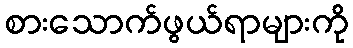
စားသောက်ဖွယ်ရာများကို